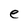
Character: e